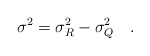
\begin{align*}\sigma^2=\sigma_R^2-\sigma_Q^2~~~.\end{align*}